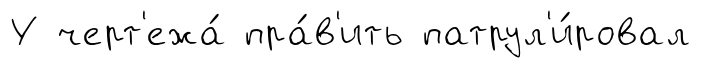
У черт'ежа́ пра́в'ить патрул'и́ровал